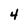
Character: 4